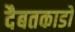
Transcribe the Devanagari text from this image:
दैबतकाडों